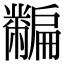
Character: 𪓎